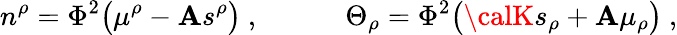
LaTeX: n^{\rho}=\Phi^{2}\big(\mu^{\rho}-{\cal\mathbf{A}}s^{\rho}\big)\ ,\qquad\quad\Theta_{\rho}=\Phi^{2}\big({\calK}s_{\rho}+{\cal\mathbf{A}}\mu_{\rho}\big)\ ,